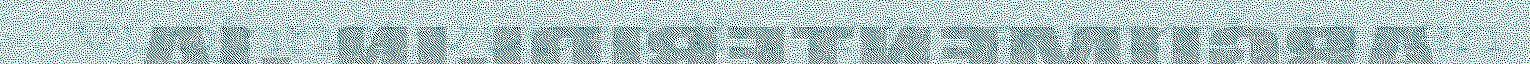
vuojnnet vuorddin mij sæmmi dásen